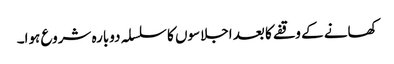
کھانے کے وقفے کا بعد اجلاسوں کا سلسلہ دوبارہ شروع ہوا۔